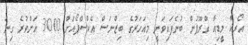
އޯރކާ މީޑިއާ ގްރޫޕުން ބުނެފައިވަނީ މިއަހަރުގެ ބިޒްނަސް އެކްސްޕޯއަށް 3000 އަށްވުރެ ގިނަ